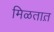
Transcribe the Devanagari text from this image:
मिळतात़